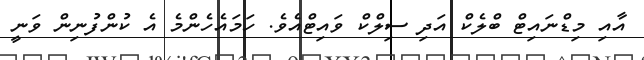
އާއި މިޑްނައިޓް ބްލެކް އަދި ސިލްކް ވައިޓްއެވެ. ހަމައެހެންމެ އެ ކުންފުނިން ވަނީ